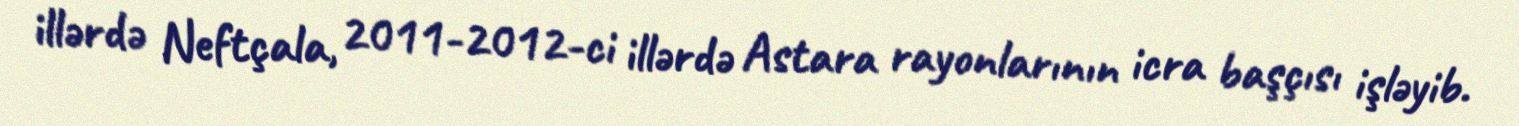
illərdə Neftçala, 2011-2012-ci illərdə Astara rayonlarının icra başçısı işləyib.